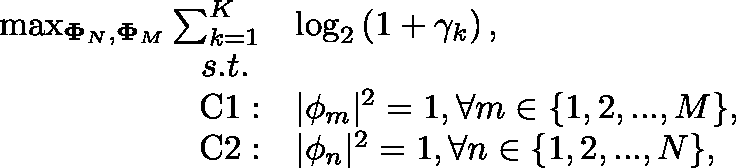
\begin{array} { r l } { \operatorname* { m a x } _ { \mathbf { \Phi } _ { N } , \mathbf { \Phi } _ { M } } \sum _ { k = 1 } ^ { K } } & { \log _ { 2 } \left( 1 + { \gamma } _ { k } \right) , } \\ { s . t . ~ } & { } \\ { \mathrm { C 1 } : } & { | \mathbf { \phi } _ { m } | ^ { 2 } = 1 , \forall m \in \{ 1 , 2 , . . . , M \} , } \\ { \mathrm { C 2 } : } & { | \mathbf { \phi } _ { n } | ^ { 2 } = 1 , \forall n \in \{ 1 , 2 , . . . , N \} , } \end{array}